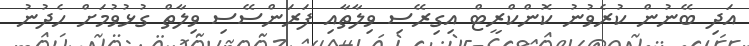
އަދި ބޭނުން ކުރެވުނު ކޮންކްރީޓް އިގިރޭސި ވިލާތާއި ފަރަންސޭސި ވިލާތް ގުޅުވުމަށް ހެދުނު